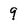
Character: 9